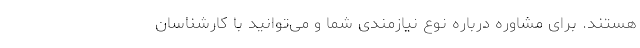
هستند. برای مشاوره درباره نوع نیازمندی شما و می‌توانید با کارشناسان